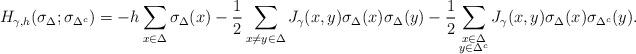
LaTeX: \begin{align*}H_{\gamma, h}(\sigma_{\Delta};\sigma_{\Delta^c})=-h\sum_{x\in\Delta}\sigma_{\Delta}(x)-\frac{1}{2}\sum_{x\neq y\in\Delta}J_{\gamma}(x,y)\sigma_{\Delta}(x)\sigma_{\Delta}(y)-\frac{1}{2}\sum_{\substack{x\in\Delta \\ y\in\Delta^{c}}}J_{\gamma}(x,y)\sigma_{\Delta}(x)\sigma_{\Delta^c}(y).\end{align*}